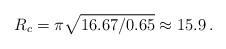
LaTeX: \begin{align*} R_c=\pi \sqrt{16.67/0.65} \approx 15.9 \, . \end{align*}